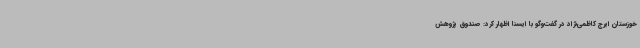
خوزستان ایرج کاظمی‌نژاد در گفت‌وگو با ایسنا اظهار کرد: صندوق پژوهش